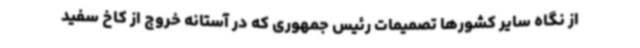
از نگاه سایر کشورها تصمیمات رئیس جمهوری که در آستانه خروج از کاخ سفید